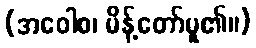
(အဝေါစ၊ မိန့်တော်မူ၏။)